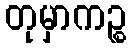
တုမှာကဉ္စ